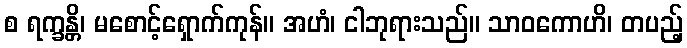
စ ရက္ခန္တိ၊ မစောင့်ရှောက်ကုန်။ အဟံ၊ ငါဘုရားသည်။ သာဝကောဟိ၊ တပည့်